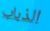
الذباب